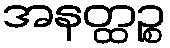
အနတ္ထဉ္စ